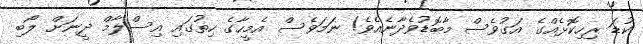
ކުޑަ ރިހިކޮޅެއްގެ އަގުވެސް މާބޮޑުވެދާނެއެވެ! ނަމަވެސް އެމީހާގެ ހިތުގައި އިސްލާމް ދީނަށް ލޯބި